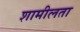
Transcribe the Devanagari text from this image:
शामीलता